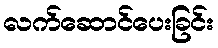
လက်ဆောင်ပေးခြင်း